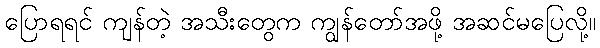
ပြောရရင် ကျန်တဲ့ အသီးတွေက ကျွန်တော်အဖို့ အဆင်မပြေလို့။